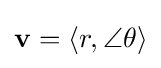
\mathbf {v} =\langle r,\angle \theta \rangle